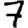
Digit: 7